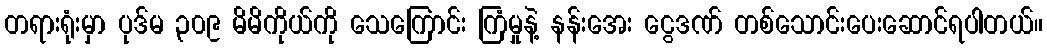
တရားရုံးမှာ ပုဒ်မ ၃၀၉ မိမိကိုယ်ကို သေကြောင်း ကြံမှုနဲ့ နန်းအေး ငွေဒဏ် တစ်သောင်းပေးဆောင်ရပါတယ်။